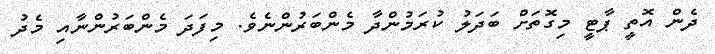
ދެން އޮތީ ޕާޓީ މިގޮތަށް ބަދަލު ކުރަމުންދާ މެންބަރުންނެވެ. މިފަދަ މެންބަރުންނާއި މެދު